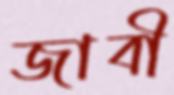
জাবী